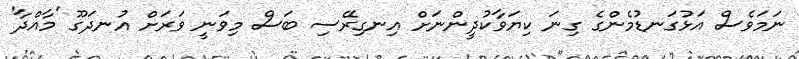
ނަމަވެސް އަޅުގަނޑުމެންގެ ގިނަ ކިޔަވާކުދީންނަށް އިނގިރޭސި ބަސް މިވަނީ ވަރަށް އުނދަގޫ 'މާއްދާ'